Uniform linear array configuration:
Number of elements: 4
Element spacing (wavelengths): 1
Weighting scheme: binomial
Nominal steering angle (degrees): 30
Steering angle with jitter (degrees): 28.807
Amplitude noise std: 0.05
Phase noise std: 0.05

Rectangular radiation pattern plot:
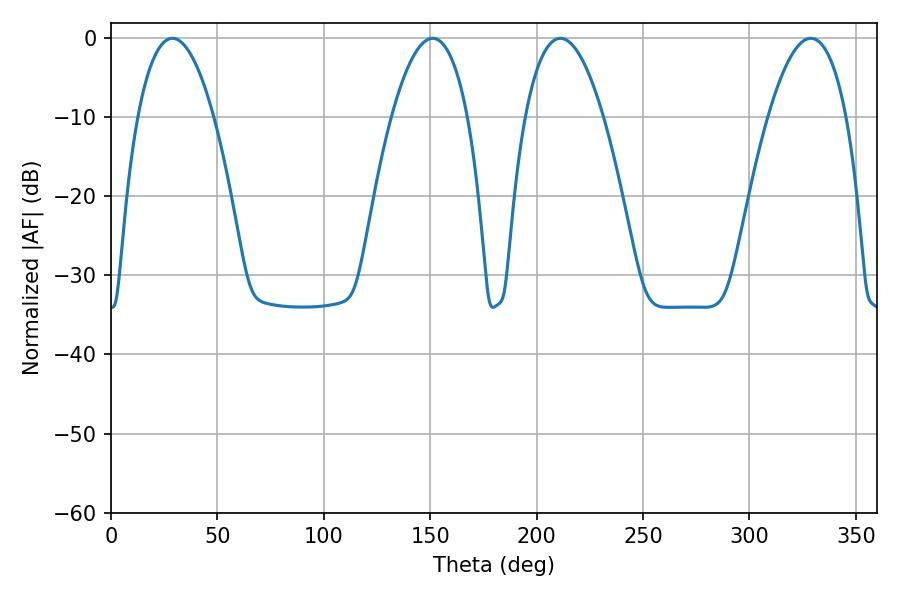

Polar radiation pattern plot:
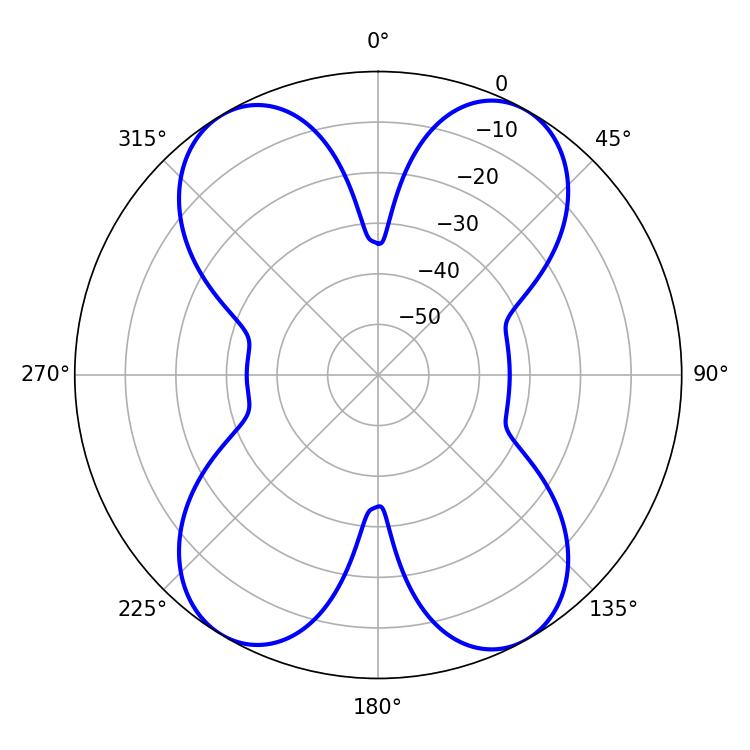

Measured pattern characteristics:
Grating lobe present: TRUE
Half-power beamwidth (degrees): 20.34
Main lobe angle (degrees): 211.14